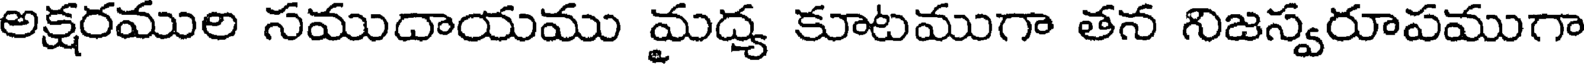
అక్షరముల సముదాయము మద్య కూటముగా తన నిజస్వరూపముగా